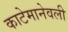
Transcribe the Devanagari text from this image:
काटेमानेवली